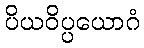
ပိယဝိပ္ပယောဂံ